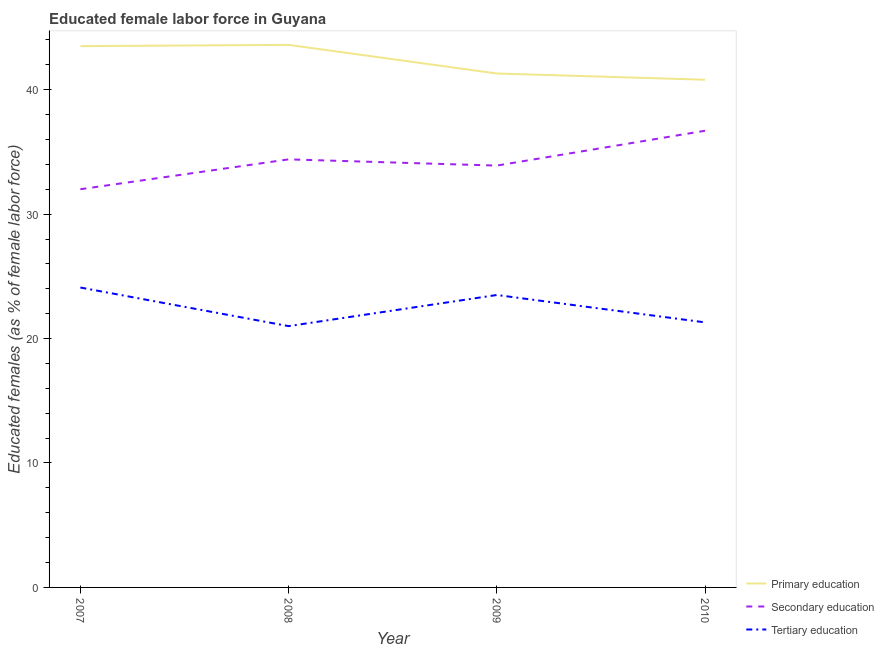
| Year | Primary education | Secondary education | Tertiary education |
 | --- | --- | --- | --- |
 | 2007 | 43.5 | 32 | 24.1 |
 | 2008 | 43.6 | 34.4 | 21 |
 | 2009 | 41.3 | 33.9 | 23.5 |
 | 2010 | 40.8 | 36.7 | 21.3 |